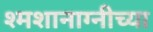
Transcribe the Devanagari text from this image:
श्मशानाग्नीच्या